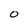
Character: O